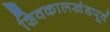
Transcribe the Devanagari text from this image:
शिवकालखंडपूर्व